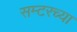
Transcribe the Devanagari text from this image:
सम्टरच्या